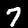
Digit: 7